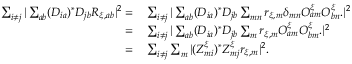
\begin{array} { r l } { \sum _ { i \neq j } | \sum _ { a b } ( D _ { i a } ) ^ { * } D _ { j b } R _ { \xi , a b } | ^ { 2 } = \, } & { \sum _ { i \neq j } | \sum _ { a b } ( D _ { i a } ) ^ { * } D _ { j b } \sum _ { m n } r _ { \xi , m } \delta _ { m n } O _ { a m } ^ { \xi } O _ { b n } ^ { \xi } . | ^ { 2 } } \\ { = \, } & { \sum _ { i \neq j } | \sum _ { a b } ( D _ { i a } ) ^ { * } D _ { j b } \sum _ { m } r _ { \xi , m } O _ { a m } ^ { \xi } O _ { b m } ^ { \xi } . | ^ { 2 } } \\ { = \, } & { \sum _ { i \neq j } \sum _ { m } | ( Z _ { m i } ^ { \xi } ) ^ { * } Z _ { m j } ^ { \xi } r _ { \xi , m } | ^ { 2 } . } \end{array}